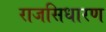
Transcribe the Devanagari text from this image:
राजसिधारण